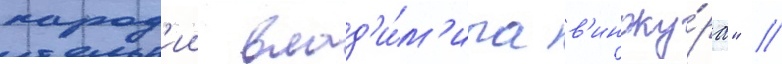
парод'ии влад'и́м'ира в'иноку́ра" //